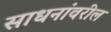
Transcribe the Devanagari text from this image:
साधनांवरील